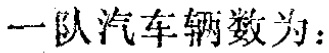
一队汽车辆数为：